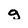
Character: g